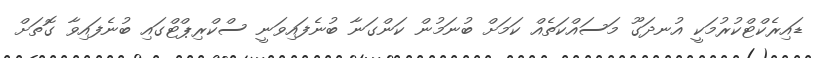
ޑައިރެކްޓްކުރުމަކީ އުނދަގޫ މަސައްކަތެއް ކަމަށް ބުނަމުން ކަންގަނާ ބުނެފައިވަނީ ސްކްރިޕްޓްގައި ބުނެފައިވާ ގޮތަށް